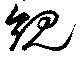
規